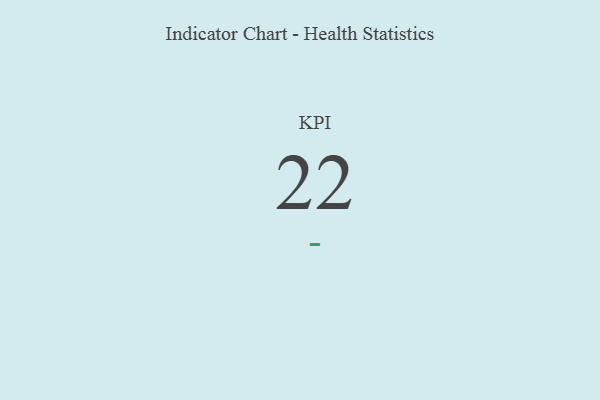
{"axis": {"x": "KPI", "y": "Value"}, "legend": [""], "data": [{"x": "KPI", "y": 22, "type": ""}]}